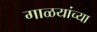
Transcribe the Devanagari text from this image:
गाळयांच्या